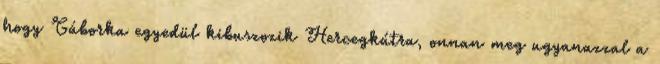
hogy Gáborka egyedül kibuszozik Hercegkútra, onnan meg ugyanazzal a